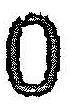
0